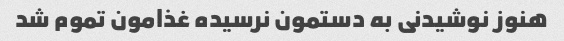
هنوز نوشیدنی به دستمون نرسیده غذامون تموم شد